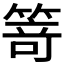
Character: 𥯽